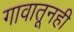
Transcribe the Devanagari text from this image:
गावातूनही